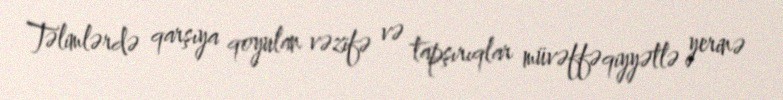
Təlimlərdə qarşıya qoyulan vəzifə və tapşırıqlar müvəffəqiyyətlə yerinə